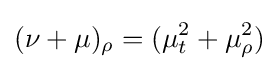
(\nu +\mu )_{\rho }=(\mu _{t}^{2}+\mu _{\rho }^{2})